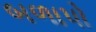
બળાપો